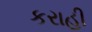
કરાહી